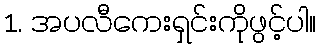
1. အပလီကေးရှင်းကိုဖွင့်ပါ။